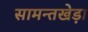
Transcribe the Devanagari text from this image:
सामन्तखेड़ा